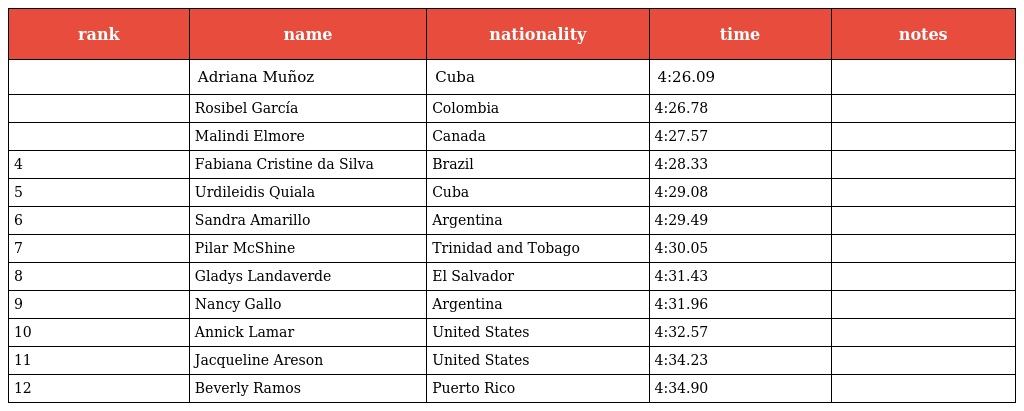
| rank | name | nationality | time | notes |
 | --- | --- | --- | --- | --- |
 |  | Adriana Muñoz | Cuba | 4:26.09 |  |
 |  | Rosibel García | Colombia | 4:26.78 |  |
 |  | Malindi Elmore | Canada | 4:27.57 |  |
 | 4 | Fabiana Cristine da Silva | Brazil | 4:28.33 |  |
 | 5 | Urdileidis Quiala | Cuba | 4:29.08 |  |
 | 6 | Sandra Amarillo | Argentina | 4:29.49 |  |
 | 7 | Pilar McShine | Trinidad and Tobago | 4:30.05 |  |
 | 8 | Gladys Landaverde | El Salvador | 4:31.43 |  |
 | 9 | Nancy Gallo | Argentina | 4:31.96 |  |
 | 10 | Annick Lamar | United States | 4:32.57 |  |
 | 11 | Jacqueline Areson | United States | 4:34.23 |  |
 | 12 | Beverly Ramos | Puerto Rico | 4:34.90 |  |